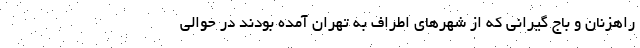
راهزنان و باج گیرانی که از شهرهای اطراف به تهران آمده بودند در حوالی